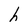
Character: h